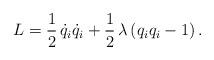
LaTeX: \begin{align*}L=\frac{1}{2}\,\dot q_i\dot q_i+\frac{1}{2}\,\lambda\,(q_iq_i-1)\,.\end{align*}